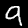
Digit: 9